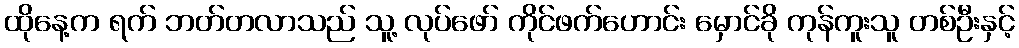
ထိုနေ့က ရက် ဘတ်တလာသည် သူ့ လုပ်ဖော် ကိုင်ဖက်ဟောင်း မှောင်ခို ကုန်ကူးသူ တစ်ဦးနှင့်